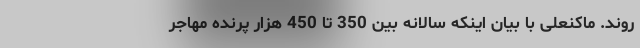
روند. ماکنعلی با بیان اینکه سالانه بین 350 تا 450 هزار پرنده مهاجر